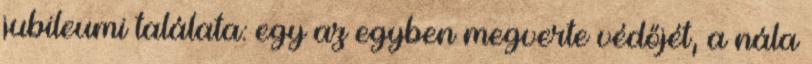
jubileumi találata: egy az egyben megverte védőjét, a nála